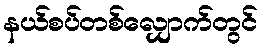
နယ်စပ်တစ်လျှောက်တွင်